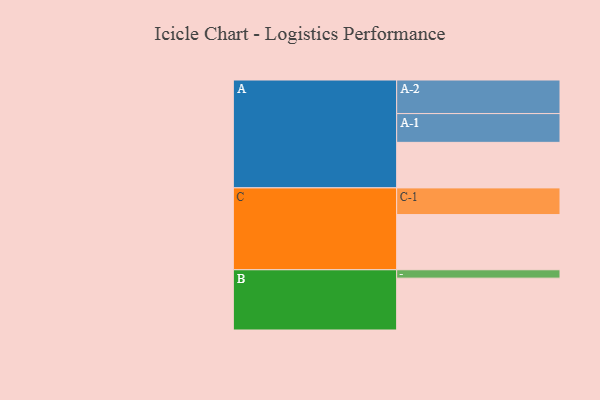
{"axis": {"x": "Segment", "y": "Value"}, "legend": ["", "A", "B", "C"], "data": [{"x": "A", "y": 369, "type": ""}, {"x": "B", "y": 420, "type": ""}, {"x": "C", "y": 447, "type": ""}, {"x": "A-1", "y": 233, "type": "A"}, {"x": "A-2", "y": 272, "type": "A"}, {"x": "B-1", "y": 68, "type": "B"}, {"x": "C-1", "y": 216, "type": "C"}]}